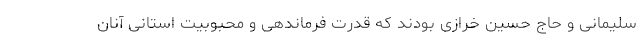
سلیمانی و حاج حسین خرازی بودند که قدرت فرماندهی و محبوبیت استانی آنان